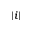
| i |